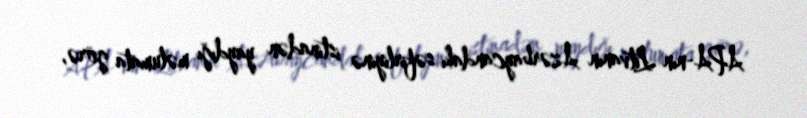
APA-nın Litvanın Azərbaycandakı səfirliyinə istinadən yaydığı məlumata görə,